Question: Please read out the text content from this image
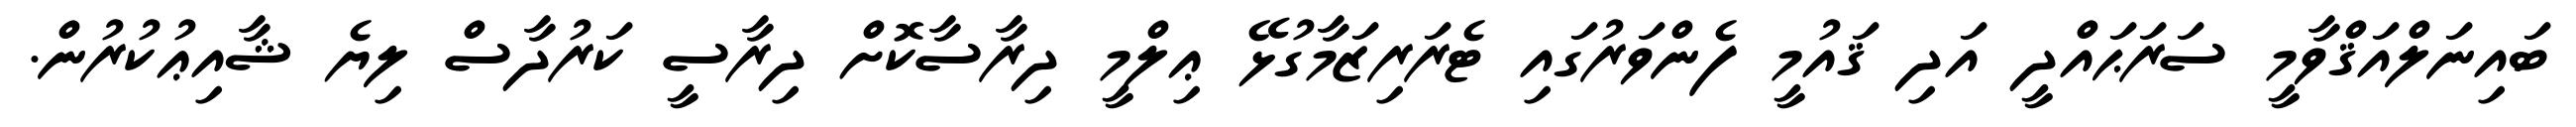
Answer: ބައިނަލްއަޤްވާމީ ސަރަޙައްދީ އަދި ޤައުމީ ފެންވަރުގައި ޓެރަރިޒަމާގުޅޭ ޢިލްމީ ދިރާސާކޮށް ދިރާސީ ކަރުދާސް ލިޔެ ޝާއިޢުކުރުން.